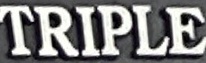
TRIPLE